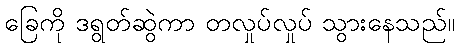
ခြေကို ဒရွတ်ဆွဲကာ တလှုပ်လှုပ် သွားနေသည်။